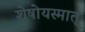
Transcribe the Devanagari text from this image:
शेषोयस्मात्